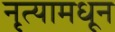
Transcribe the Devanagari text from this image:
नृत्यामधून